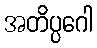
အတိပ္ပဂေါ